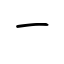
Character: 一